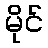
မိုင်